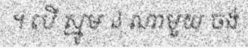
។ បើ ស្មូម ឯ ណាមួយ ចង់